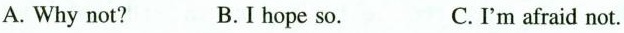
A. Why not? B.I hope so. C.'m afraid not.